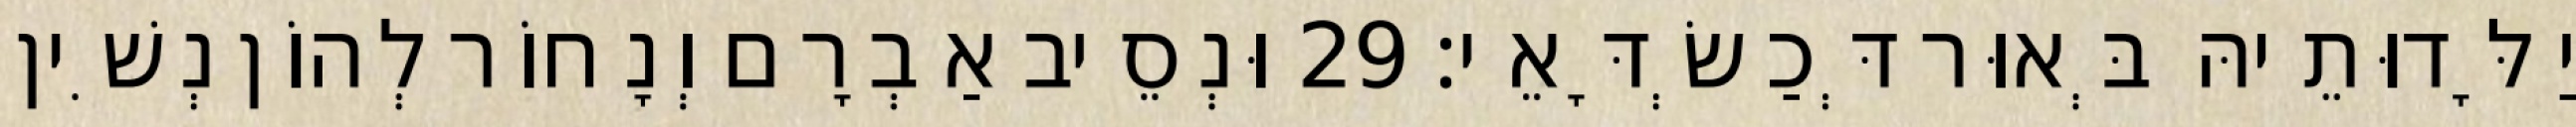
יַלָּדוּתֵיהּ בְּאוּר דְּכַשְׂדָּאֵי׃ 29 וּנְסֵיב אַבְרָם וְנָחוֹר לְהוֹן נְשִׁין